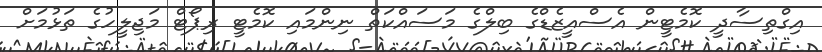
އިގްތިސާދީ ކޮމެޓީން އެސްއީޒެޑްގެ ބިލްގެ މަސައްކަތް ނިންމައި ކޮމެޓީ ރިޕޯޓް މަޖިލީހުގެ ތަޅުމަށް